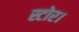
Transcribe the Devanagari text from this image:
स्टोर।